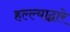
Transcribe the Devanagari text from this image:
हल्ल्याद्वारे